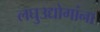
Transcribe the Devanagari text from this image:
लघुउद्योगांना